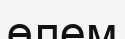
өлем